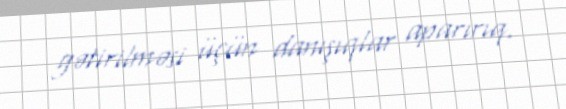
gətirilməsi üçün danışıqlar aparırıq.